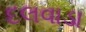
દલવાડા